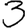
Digit: 3